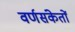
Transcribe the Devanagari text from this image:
वर्णसंकेतों